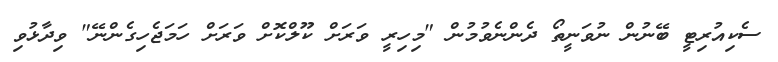
ސެކިއުރިޓީ ބޭނުން ނުވަނީތޯ ދެންނެވުމުން "މިހިރީ ވަރަށް ކޫލްކޮށް ވަރަށް ހަމަޖެހިގެންނޭ" ވިދާޅުވި